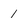
Character: 1